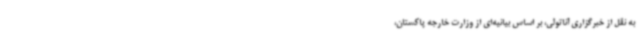
به نقل از خبرگزاری آناتولی، بر اساس بیانیه‌ای از وزارت خارجه پاکستان،